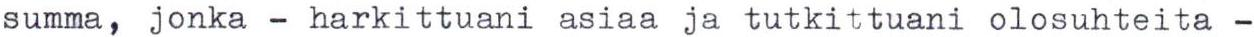
summa, jonka - harkittuani asiaa ja tutkittuani olosuhteita -